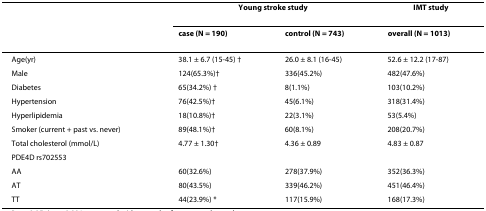
|  | <COLSPAN=2> Young stroke study | IMT study |
 |  | case (N = 190) | control (N = 743) | overall (N = 1013) |
 | --- | --- | --- | --- |
 | Age(yr) | 38.1 ± 6.7 (15-45) † | 26.0 ± 8.1 (16-45) | 52.6 ± 12.2 (17-87) |
 | Male | 124(65.3%)† | 336(45.2%) | 482(47.6%) |
 | Diabetes | 65(34.2%) † | 8(1.1%) | 103(10.2%) |
 | Hypertension | 76(42.5%)† | 45(6.1%) | 318(31.4%) |
 | Hyperlipidemia | 18(10.8%)† | 22(3.1%) | 53(5.4%) |
 | Smoker (current + past vs. never) | 89(48.1%)† | 60(8.1%) | 208(20.7%) |
 | Total cholesterol (mmol/L) | 4.77 ± 1.30† | 4.36 ± 0.89 | 4.83 ± 0.87 |
 | PDE4D rs702553 |  |  |  |
 | AA | 60(32.6%) | 278(37.9%) | 352(36.3%) |
 | AT | 80(43.5%) | 339(46.2%) | 451(46.4%) |
 | TT | 44(23.9%) * | 117(15.9%) | 168(17.3%) |